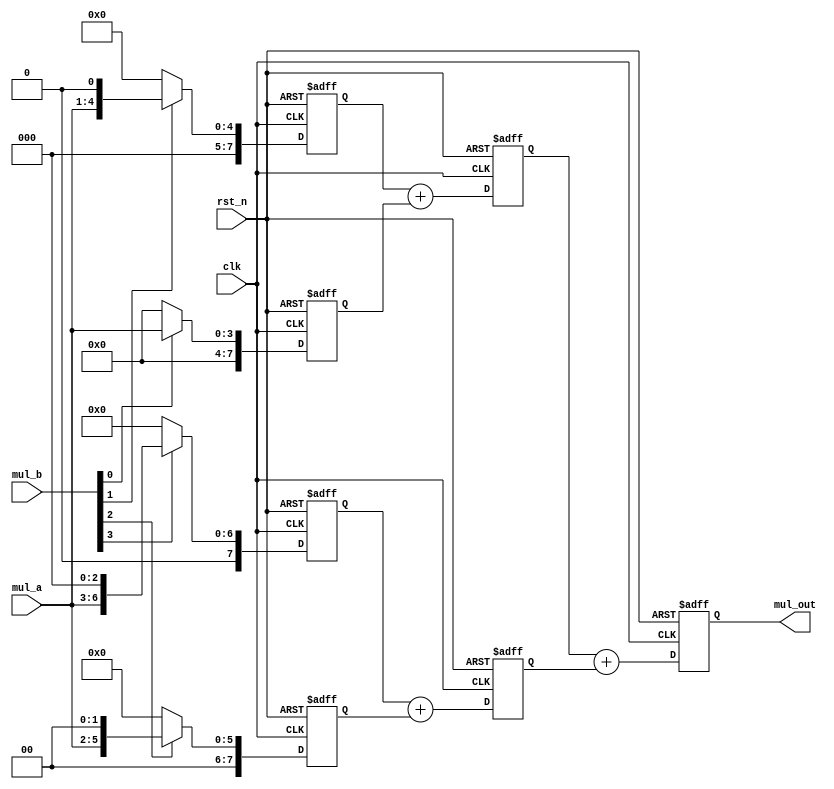
`timescale 1 ns/1 ps


module TOP(mul_a, mul_b, clk, rst_n, mul_out);

input [3:0] mul_a, mul_b;
input       clk;
input       rst_n;
output [7:0] mul_out;

reg [7:0] mul_out;

reg [7:0] stored0;
reg [7:0] stored1;
reg [7:0] stored2;
reg [7:0] stored3;

reg [7:0] add01;
reg [7:0] add23;

always @(posedge clk or negedge rst_n) begin
    if(!rst_n) begin
        mul_out <= 0;
        stored0 <= 0;
        stored1 <= 0;
        stored2 <= 0;
        stored3 <= 0;
        add01 <= 0;
        add23 <= 0;
    end
    else begin
        stored0 <= mul_b[0]? {4'b0, mul_a} : 8'b0;
        stored1 <= mul_b[1]? {3'b0, mul_a, 1'b0} : 8'b0;
        stored2 <= mul_b[2]? {2'b0, mul_a, 2'b0} : 8'b0;
        stored3 <= mul_b[3]? {1'b0, mul_a, 3'b0} : 8'b0;

        add01 <= stored1 + stored0;
        add23 <= stored3 + stored2;

        mul_out <= add01 + add23;
    end
end

endmodule